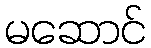
မဆောင်